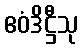
ဧဝံဒိဋ္ဌီသု